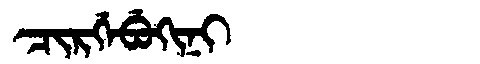
Manchu: ᠴᡳᡵᡤᡝᠪᡠᡴᡳᠨᡳ
Romanization: CIRGEBUKINI